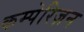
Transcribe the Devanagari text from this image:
कम्पेरिज़न